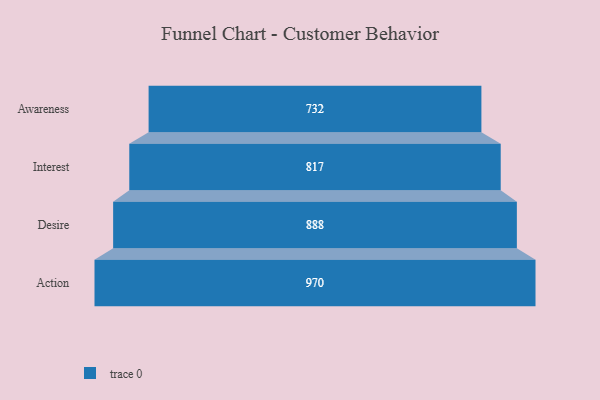
{"axis": {"x": "Stage", "y": "Value"}, "legend": [""], "data": [{"x": "Awareness", "y": 732.0, "type": ""}, {"x": "Interest", "y": 817.0, "type": ""}, {"x": "Desire", "y": 888.0, "type": ""}, {"x": "Action", "y": 970.0, "type": ""}]}